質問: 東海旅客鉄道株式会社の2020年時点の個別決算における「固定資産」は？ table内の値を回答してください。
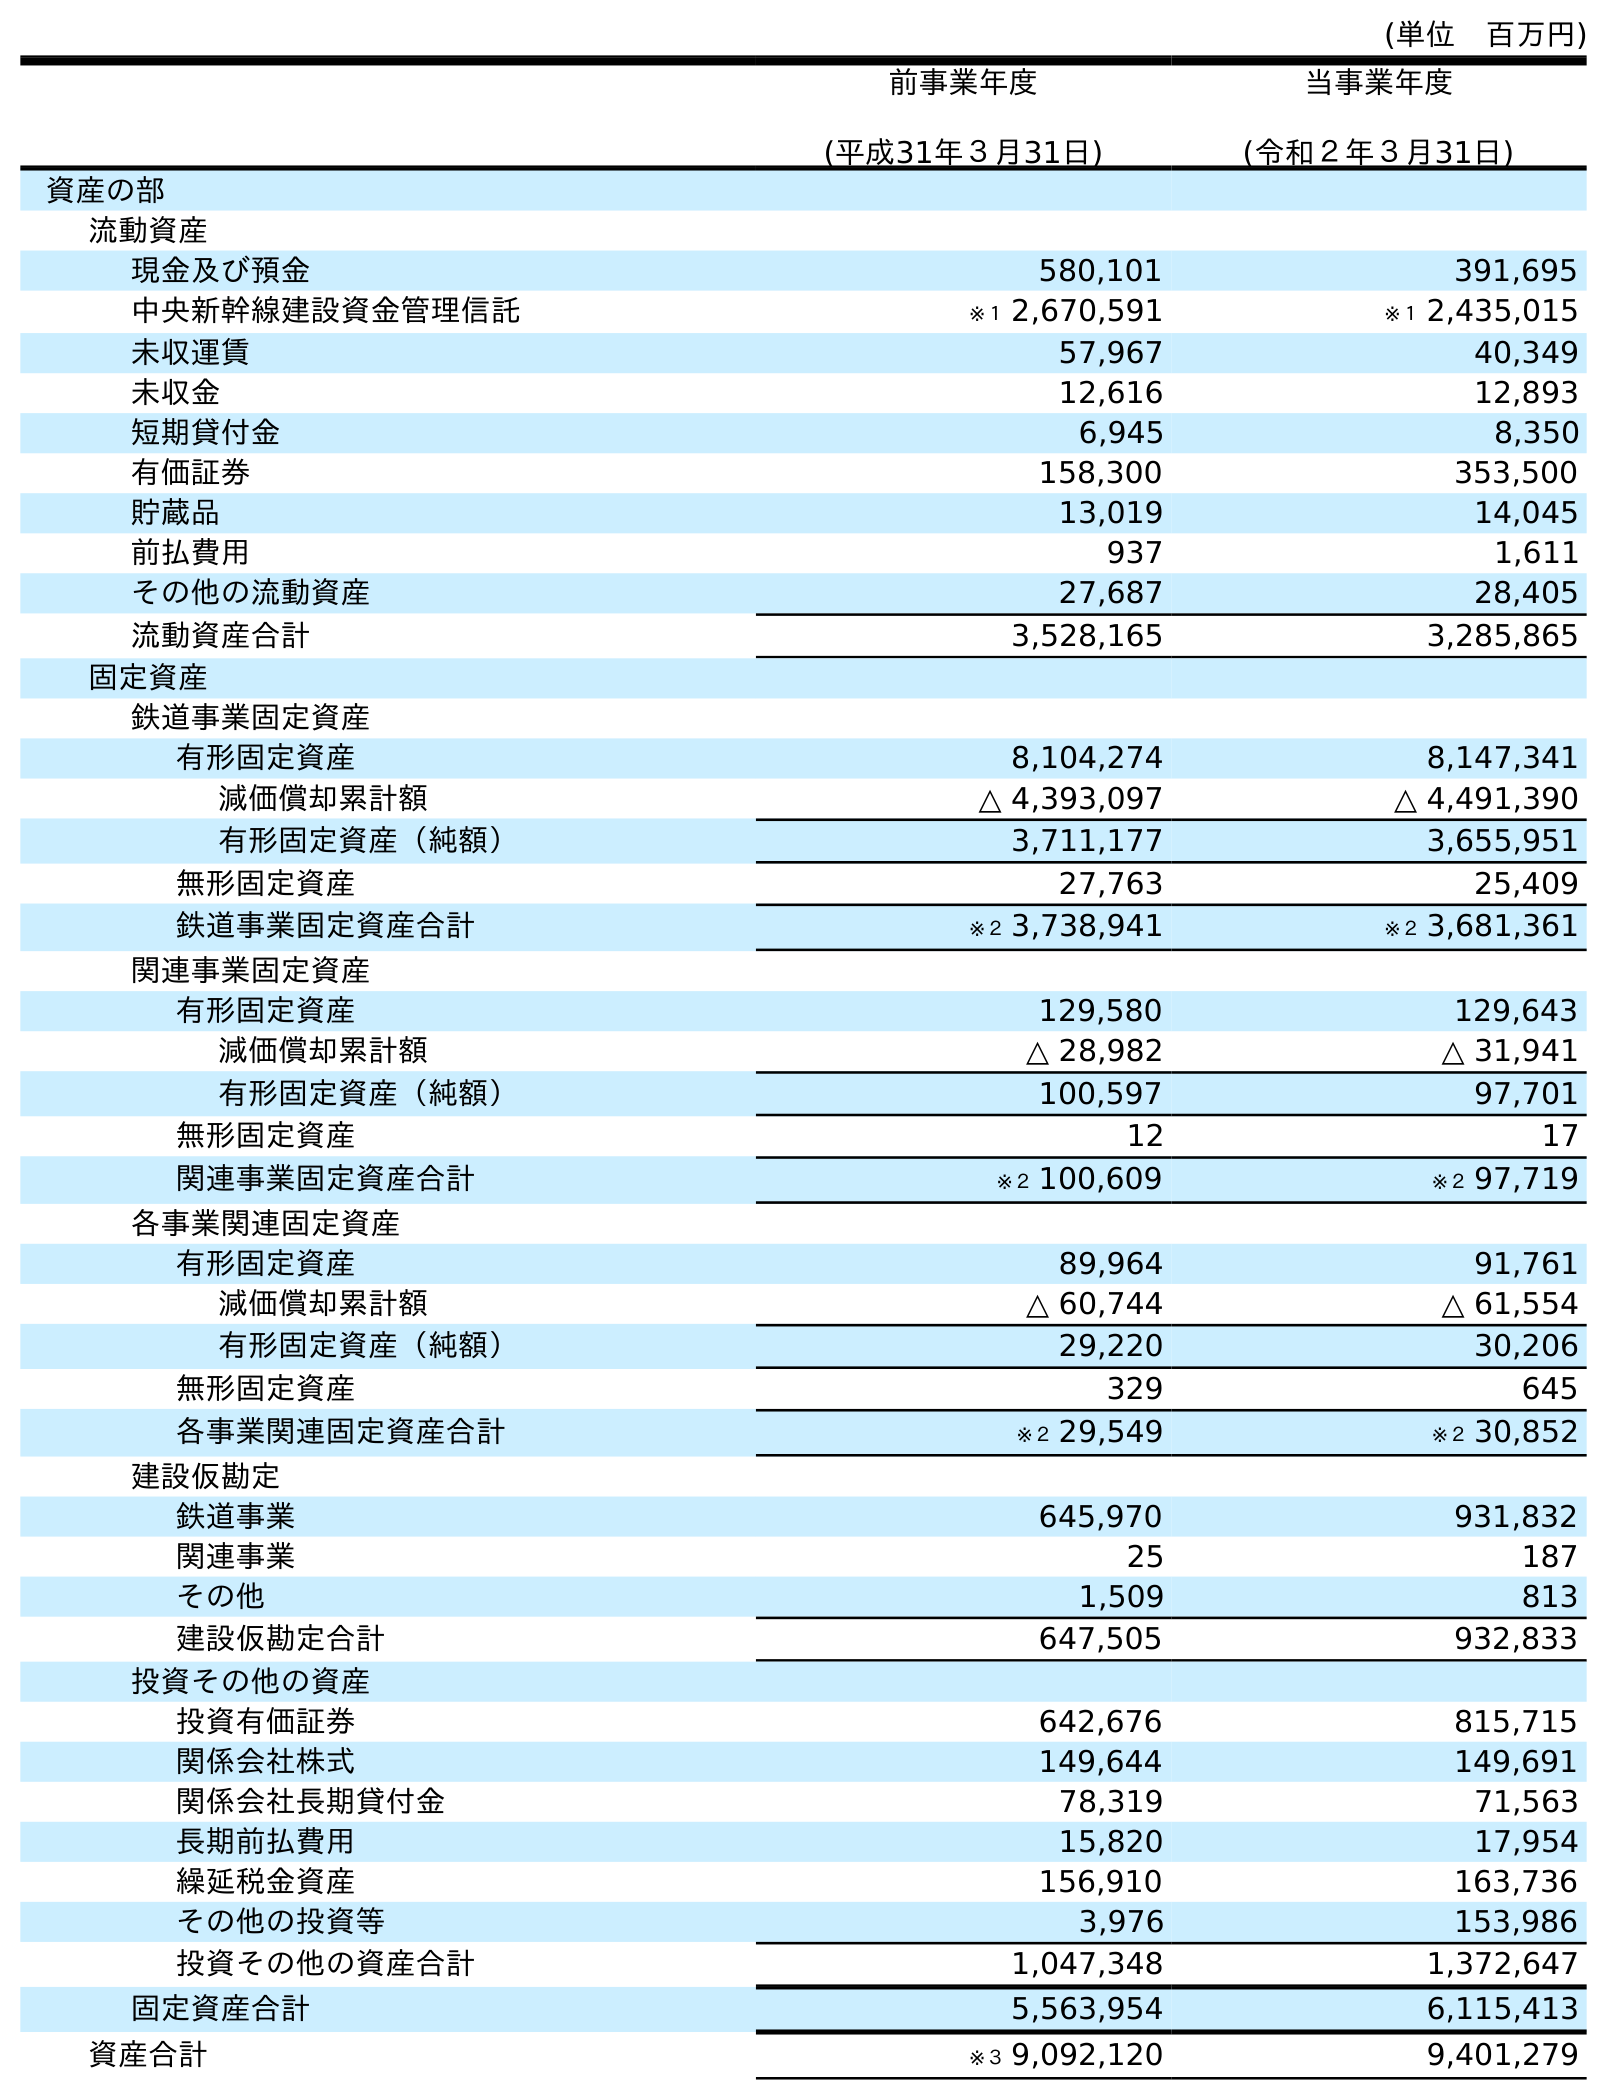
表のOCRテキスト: (単位 百万円) 前事業年度 (平成31年３月31日) 当事業年度 (令和２年３月31日) 資産の部 流動資産 現金及び預金 580,101 391,695 中央新幹線建設資金管理信託 ※１ 2,670,591 ※１ 2,435,015 未収運賃 57,967 40,349 未収金 12,616 12,893 短期貸付金 6,945 8,350 有価証券 158,300 353,500 貯蔵品 13,019 14,045 前払費用 937 1,611 その他の流動資産 27,687 28,405 流動資産合計 3,528,165 3,285,865 固定資産 鉄道事業固定資産 有形固定資産 8,104,274 8,147,341 減価償却累計額 △ 4,393,097 △ 4,491,390 有形固定資産（純額） 3,711,177 3,655,951 無形固定資産 27,763 25,409 鉄道事業固定資産合計 ※２ 3,738,941 ※２ 3,681,361 関連事業固定資産 有形固定資産 129,580 129,643 減価償却累計額 △ 28,982 △ 31,941 有形固定資産（純額） 100,597 97,701 無形固定資産 12 17 関連事業固定資産合計 ※２ 100,609 ※２ 97,719 各事業関連固定資産 有形固定資産 89,964 91,761 減価償却累計額 △ 60,744 △ 61,554 有形固定資産（純額） 29,220 30,206 無形固定資産 329 645 各事業関連固定資産合計 ※２ 29,549 ※２ 30,852 建設仮勘定 鉄道事業 645,970 931,832 関連事業 25 187 その他 1,509 813 建設仮勘定合計 647,505 932,833 投資その他の資産 投資有価証券 642,676 815,715 関係会社株式 149,644 149,691 関係会社長期貸付金 78,319 71,563 長期前払費用 15,820 17,954 繰延税金資産 156,910 163,736 その他の投資等 3,976 153,986 投資その他の資産合計 1,047,348 1,372,647 固定資産合計 5,563,954 6,115,413 資産合計 ※３ 9,092,120 9,401,279
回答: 6,115,413